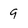
Character: 9